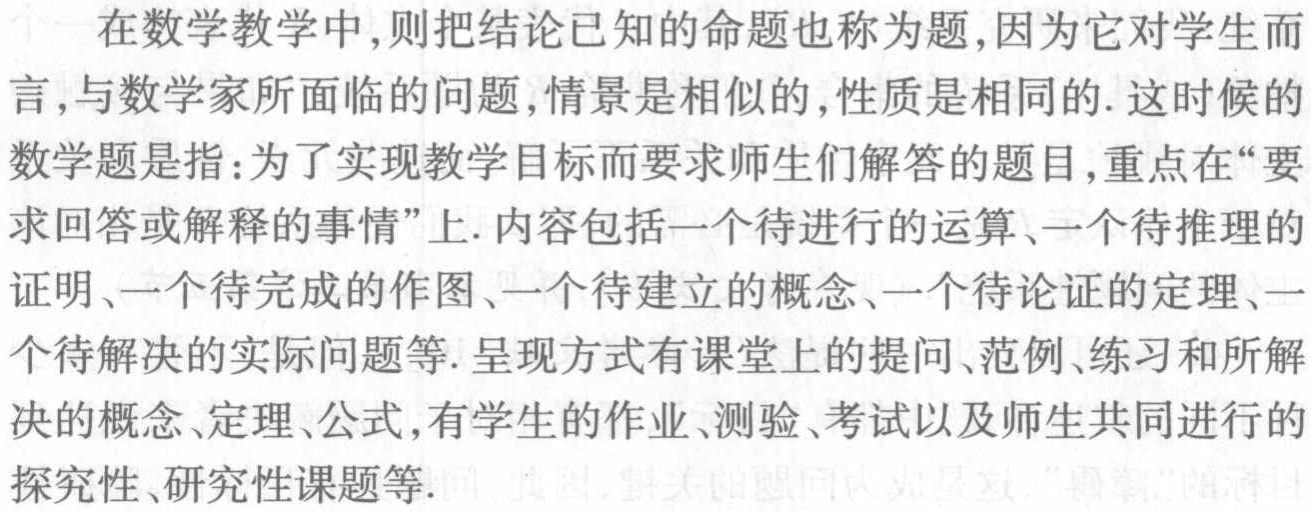
在数学教学中，则把结论已知的命题也称为题，因为它对学生而言，与数学家所面临的问题，情景是相似的，性质是相同的. 这时候的数学题是指：为了实现教学目标而要求师生们解答的题目，重点在“要求回答或解释的事情”上. 内容包括一个待进行的运算、一个待推理的证明、一个待完成的作图、一个待建立的概念、一个待论证的定理、一个待解决的实际问题等. 呈现方式有课堂上的提问、范例、练习和所解决的概念、定理、公式，有学生的作业、测验、考试以及师生共同进行的探究性、研究性课题等.